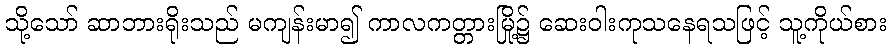
သို့သော် ဆာဘားရိုးသည် မကျန်းမာ၍ ကာလကတ္တားမြို့၌ ဆေးဝါးကုသနေရသဖြင့် သူ့ကိုယ်စား